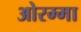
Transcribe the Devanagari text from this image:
ओरम्मा